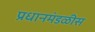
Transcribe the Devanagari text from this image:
प्रधानमंडळीस